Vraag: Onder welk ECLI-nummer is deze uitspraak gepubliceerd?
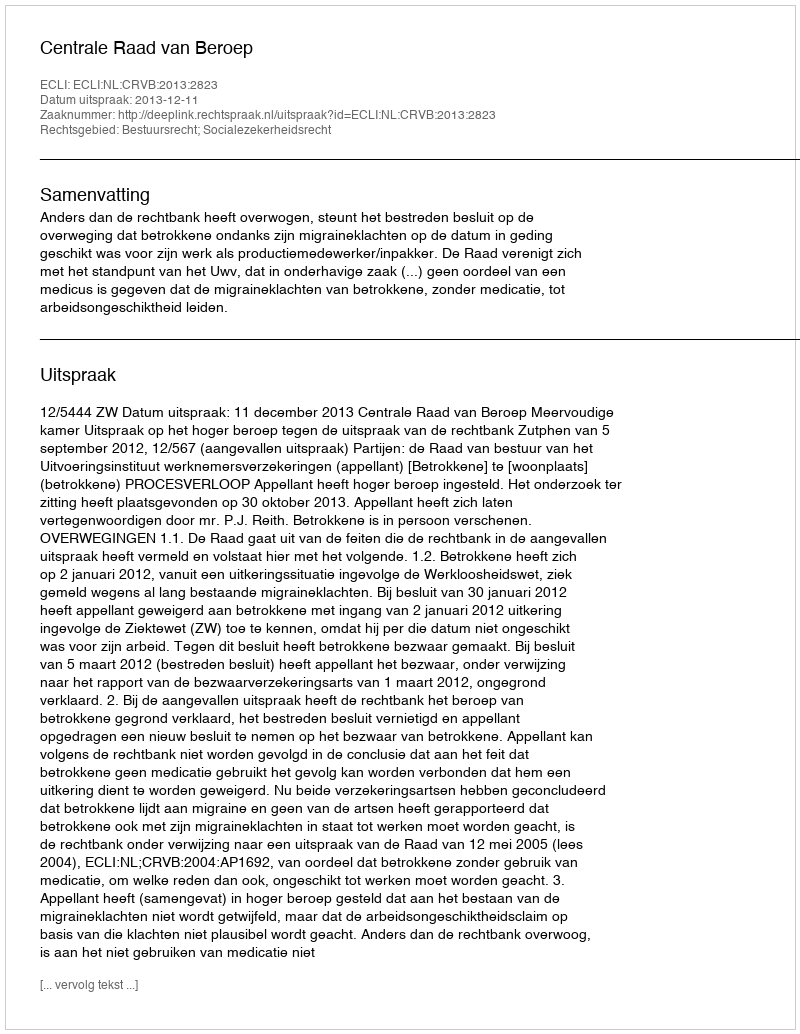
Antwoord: ECLI:NL:CRVB:2013:2823